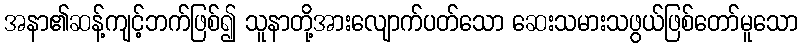
အနာ၏ဆန့်ကျင့်ဘက်ဖြစ်၍ သူနာတို့အားလျောက်ပတ်သော ဆေးသမားသဖွယ်ဖြစ်တော်မူသော